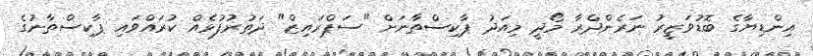
އިންޑިޔާގެ ބޮޑުވަޒީރު ނަރެންދްރާ މޯދީ މިއަދު ޕާކިސްތާނަށް "ސަޕްރައިޒް" ދަތުރުފުޅެއް ކުރައްވައި ޕާކިސްތާނުގެ